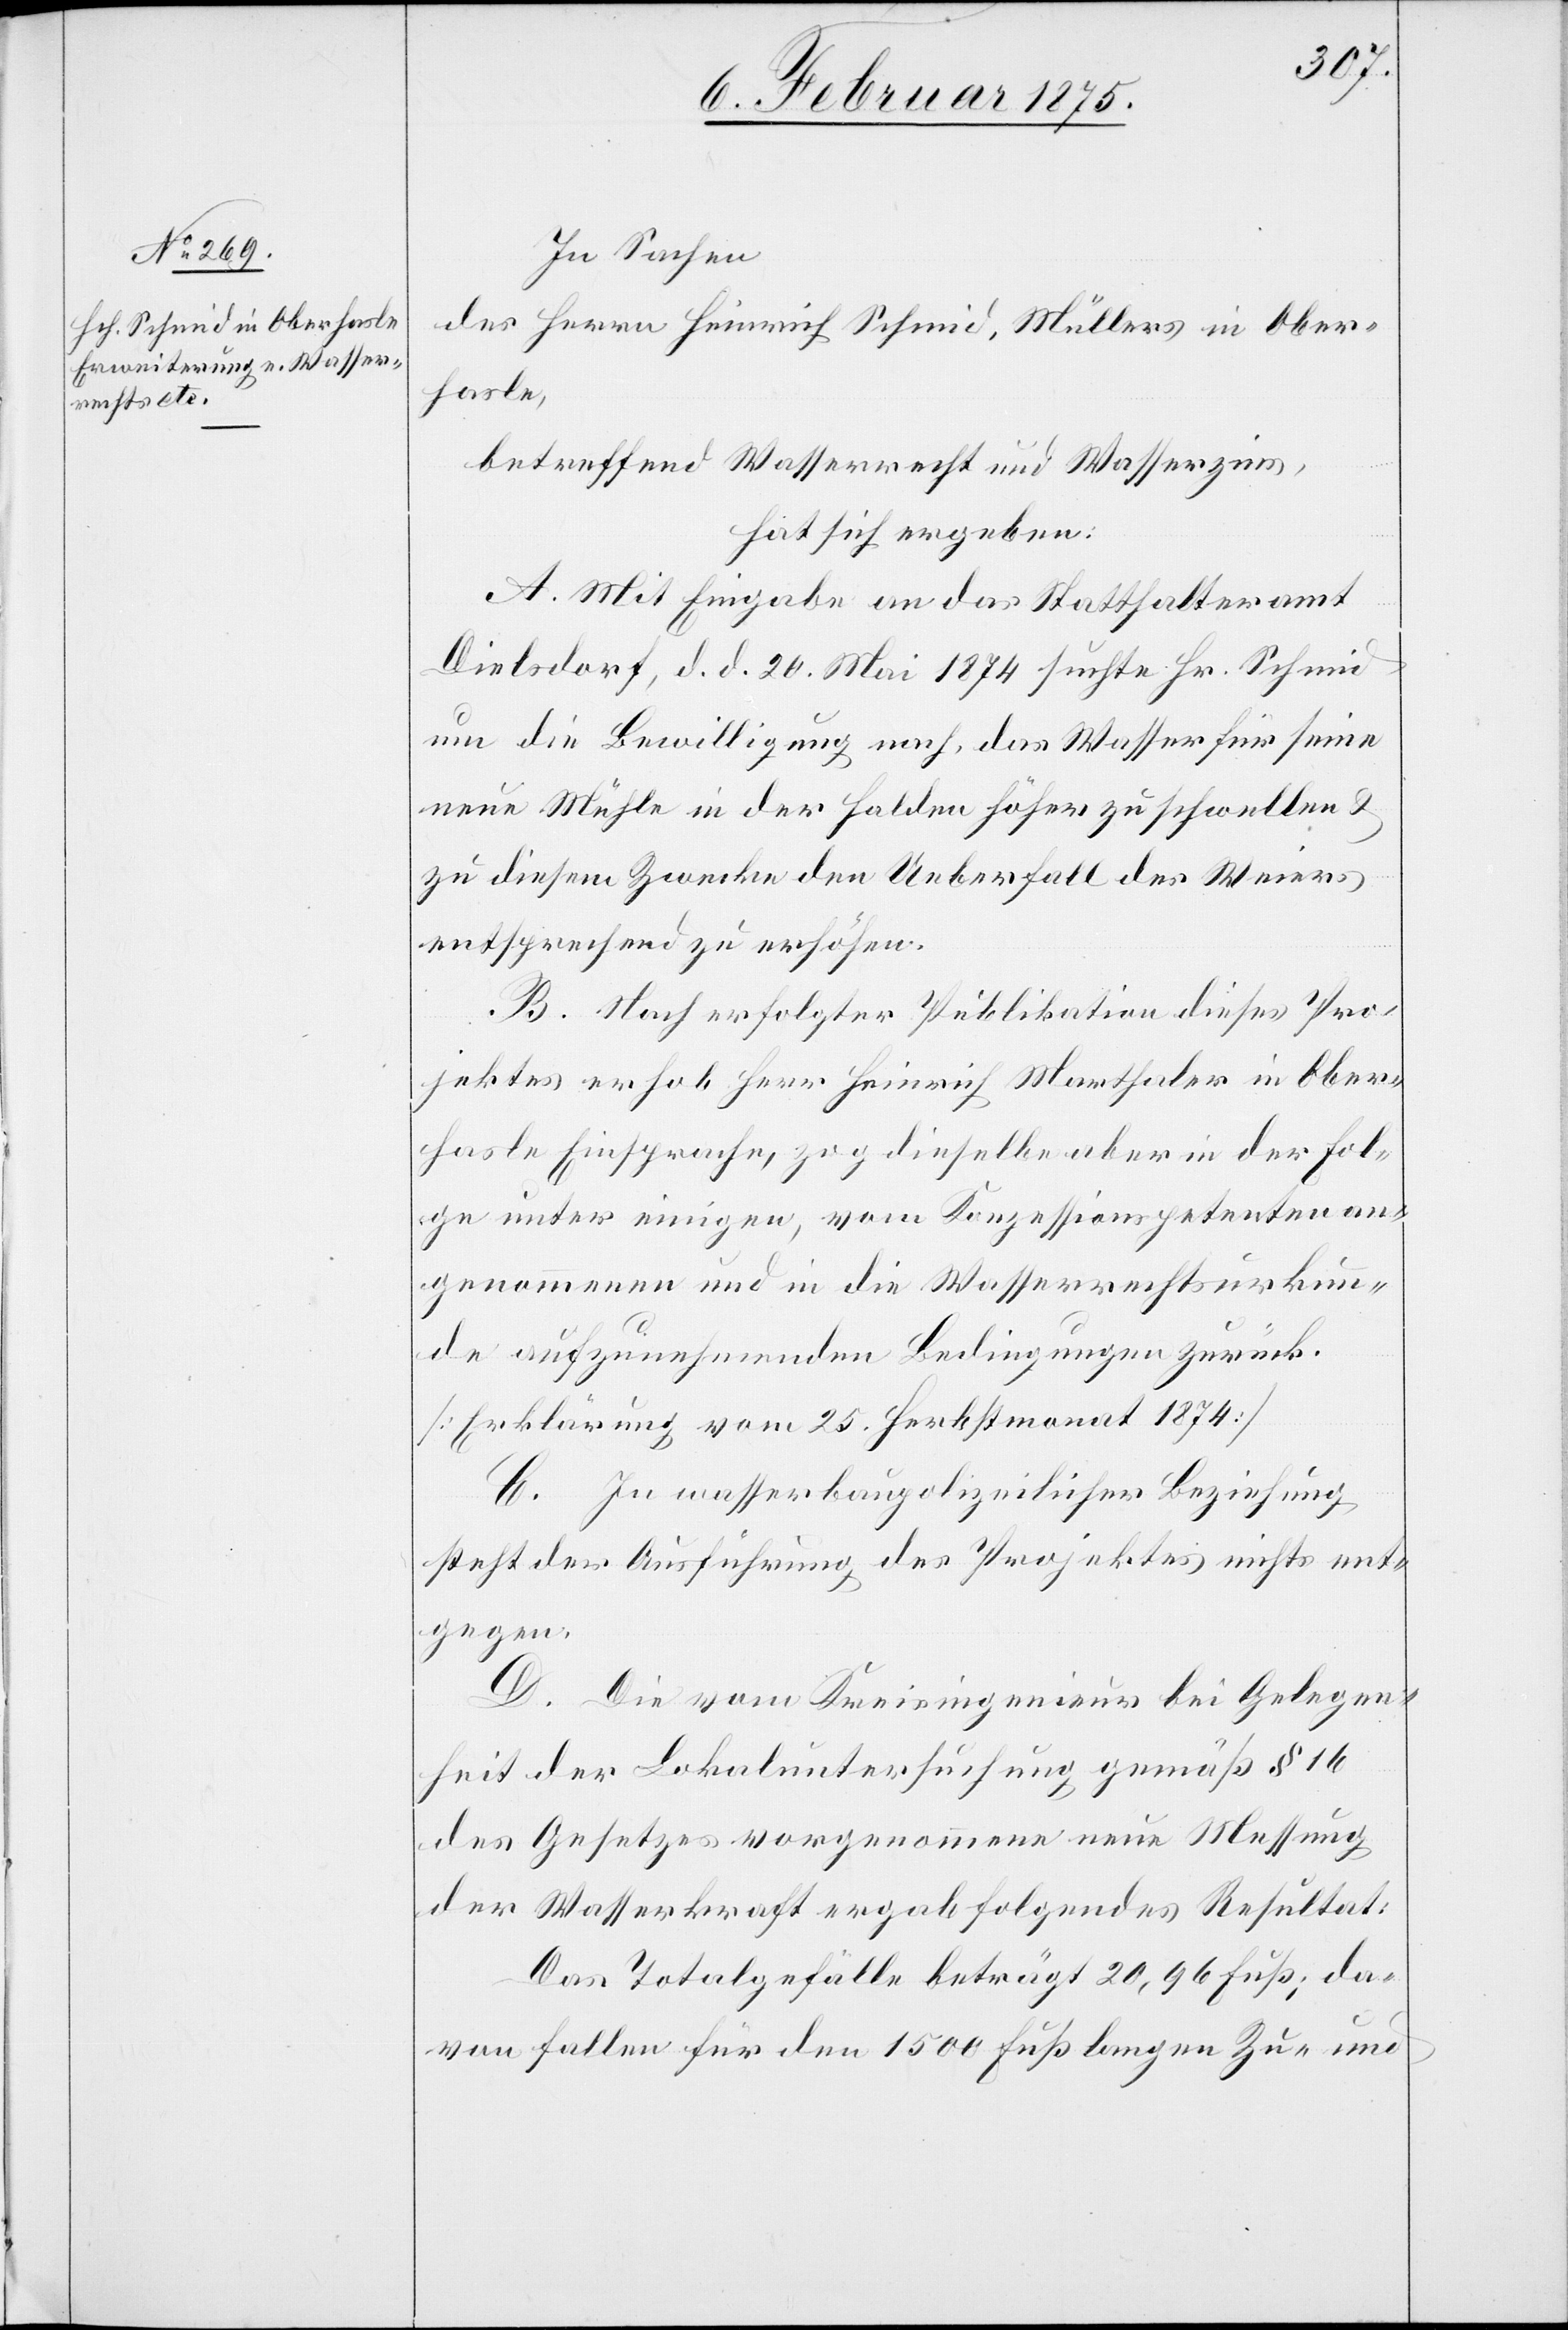
In Sachen
des Herrn Heinrich Schmid, Müllers in Ober¬
hasle,
betreffend Wasserrecht und Wasserzins,
hat sich ergeben.
A. Mit Eingabe an das Statthalteramt
Dielsdorf, d. d. 20. Mai 1874 suchte Hr. Schmid
um die Bewilligung nach, das Wasser für seine
neue Mühle in der Halden höher zu schwellen &
zu diesem Zwecke den Ueberfall des Weiers
entsprechend zu erhöhen.
B. Nach erfolgter Publikation dieses Pro¬
jektes erhob Herr Heinrich Marthaler in Ober¬
hasle Einsprache, zog dieselbe aber in der Fol¬
ge unter einigen, vom Konzessionspetenten an¬
genommenen und in die Wasserrechtsurkun¬
de aufzunehmenden Bedingungen zurück.
(Erklärung vom 25. Herbstmonat 1874)
C. In wasserbaupolizeilicher Beziehung
steht der Ausführung des Projektes nicht ent¬
gegen.
D. Die vom Kreisingenieur bei Gelegen¬
heit der Lokaluntersuchung gemäß § 16
des Gesetzes vorgenommene neue Messung
der Wasserkraft ergab folgendes Resultat:
Das Totalgefälle beträgt 20,96 Fuß; da¬
von fallen für den 1500 Fuß langen Zu- und